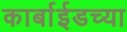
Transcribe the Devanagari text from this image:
कार्बाईडच्या